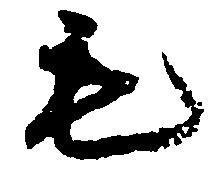
毛